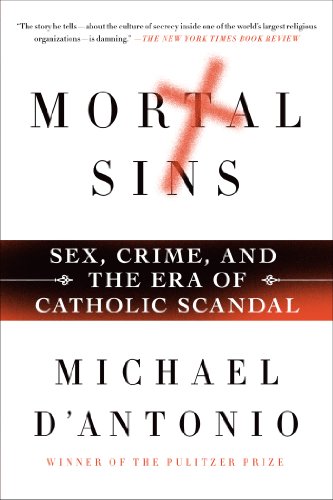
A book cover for Mortal Sins: Sex, Crime, and the Era of Catholic Scandal; Michael D'Antonio; Politics & Social Sciences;